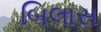
બિલાસ